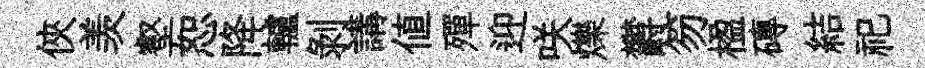
俠羡壑恕降轤剝講值殫迎咲爍欝笏楹磚結祀